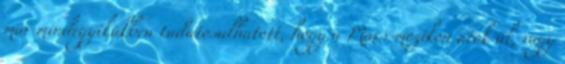
már mindegyikükben tudatosulhatott, hogy a Mars-mozikon átok ül, vagy